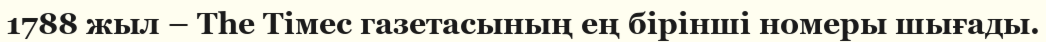
1788 жыл – Тһе Тімес газетасының ең бірінші номеры шығады.